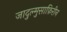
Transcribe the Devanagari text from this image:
जादुल्मुसाफ़िरीन